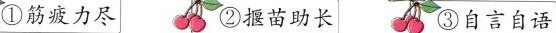
①筋疲力尽 ②揠苗助长 ③自言自语